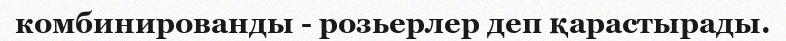
комбинированды - розьерлер деп қарастырады.